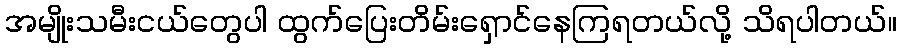
အမျိုးသမီးငယ်တွေပါ ထွက်ပြေးတိမ်းရှောင်နေကြရတယ်လို့ သိရပါတယ်။